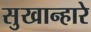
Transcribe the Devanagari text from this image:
सुखान्हारे